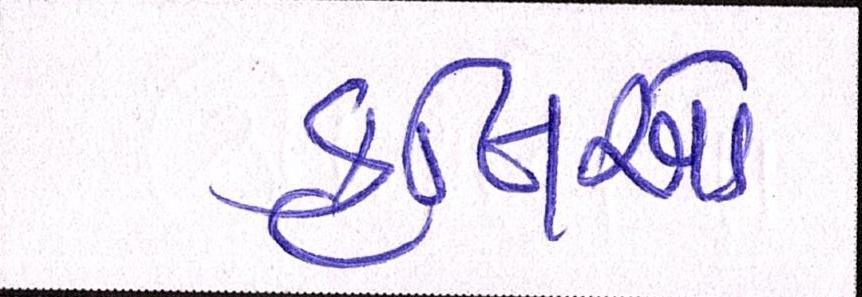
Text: કૃતિઓ